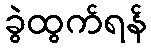
ခွဲထွက်ရန်